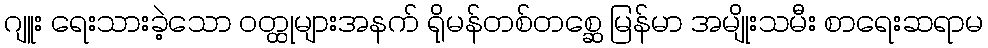
ဂျူး ရေးသားခဲ့သော ဝတ္ထုများအနက် ရိုမန်တစ်တစ္ဆေ မြန်မာ အမျိုးသမီး စာရေးဆရာမ